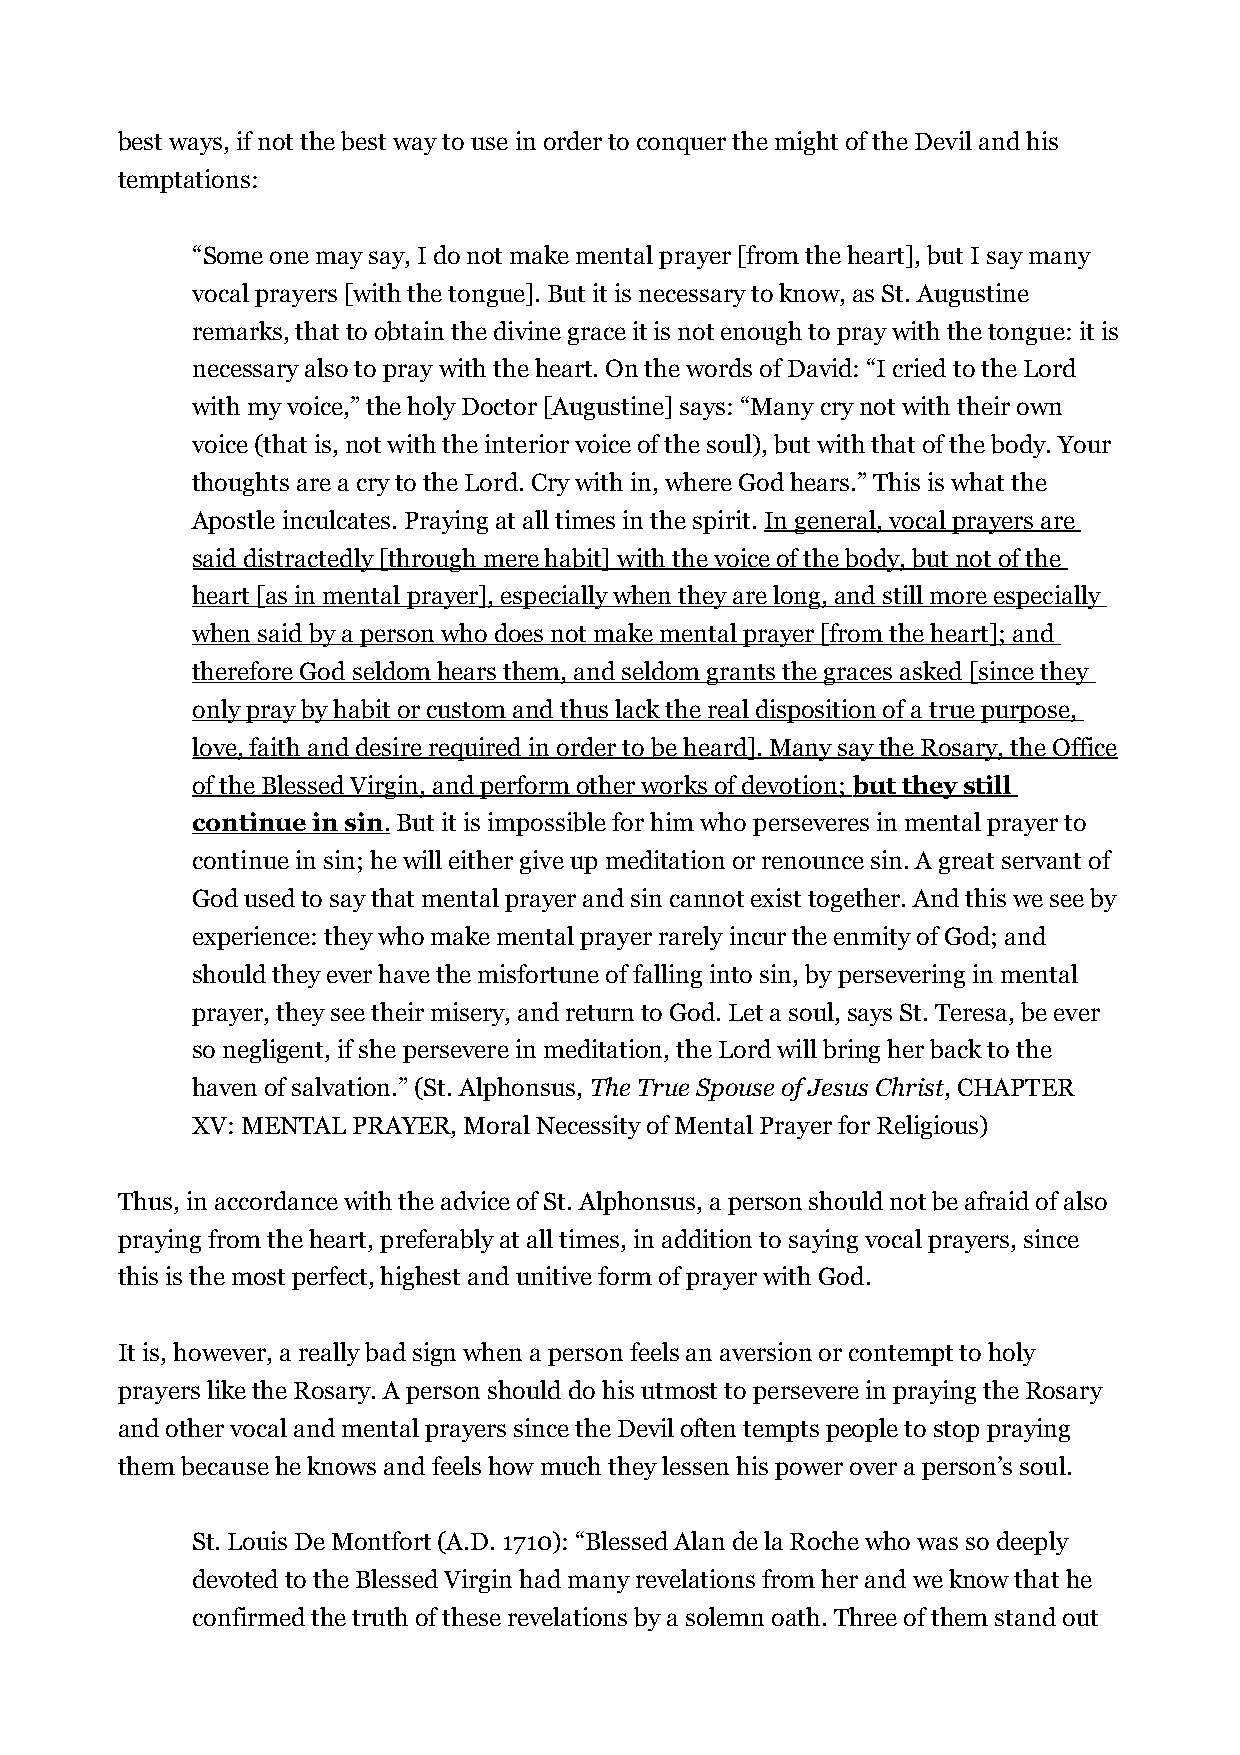
best ways, if not the best way to use in order to conquer the might of the Devil and his
 temptations:
 “Some one may say, I do not make mental prayer [from the heart], but I say many
 vocal prayers [with the tongue]. But it is necessary to know, as St. Augustine
 remarks, that to obtain the divine grace it is not enough to pray with the tongue: it is
 necessary also to pray with the heart. On the words of David: “I cried to the Lord
 with my voice,” the holy Doctor [Augustine] says: “Many cry not with their own
 voice (that is, not with the interior voice of the soul), but with that of the body. Your
 thoughts are a cry to the Lord. Cry with in, where God hears.” This is what the
 Apostle inculcates. Praying at all times in the spirit. In general, vocal prayers are
 said distractedly [through mere habit] with the voice of the body, but not of the
 heart [as in mental prayer], especially when they are long, and still more especially
 when said by a person who does not make mental prayer [from the heart]; and
 therefore God seldom hears them, and seldom grants the graces asked [since they
 only pray by habit or custom and thus lack the real disposition of a true purpose,
 love, faith and desire required in order to be heard]. Many say the Rosary, the Office
 of the Blessed Virgin, and perform other works of devotion; but they still
 continue in sin . But it is impossible for him who perseveres in mental prayer to
 continue in sin; he will either give up meditation or renounce sin. A great servant of
 God used to say that mental prayer and sin cannot exist together. And this we see by
 experience: they who make mental prayer rarely incur the enmity of God; and
 should they ever have the misfortune of falling into sin, by persevering in mental
 prayer, they see their misery, and return to God. Let a soul, says St. Teresa, be ever
 so negligent, if she persevere in meditation, the Lord will bring her back to the
 haven of salvation.” (St. Alphonsus, The True Spouse of Jesus Christ, CHAPTER
 XV: MENTAL PRAYER, Moral Necessity of Mental Prayer for Religious)
 Thus, in accordance with the advice of St. Alphonsus, a person should not be afraid of also
 praying from the heart, preferably at all times, in addition to saying vocal prayers, since
 this is the most perfect, highest and unitive form of prayer with God.
 It is, however, a really bad sign when a person feels an aversion or contempt to holy
 prayers like the Rosary. A person should do his utmost to persevere in praying the Rosary
 and other vocal and mental prayers since the Devil often tempts people to stop praying
 them because he knows and feels how much they lessen his power over a person’s soul.
 St. Louis De Montfort (A.D. 1710): “Blessed Alan de la Roche who was so deeply
 devoted to the Blessed Virgin had many revelations from her and we know that he
 confirmed the truth of these revelations by a solemn oath. Three of them stand out